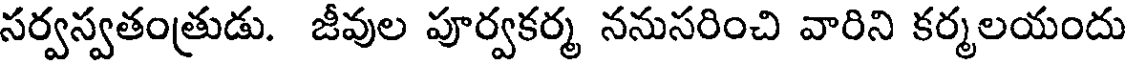
సర్వస్వతంత్రుడు. జీవుల పూర్వకర్మ ననుసరించి వారిని కర్మలయందు